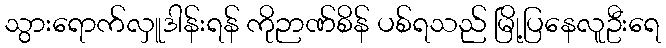
သွားရောက်လှူဒါန်းရန် ကိုဉာဏ်စိန် ပစ်ရသည် မြို့ပြနေလူဦးရေ